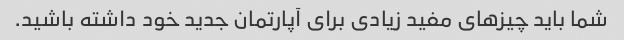
شما باید چیزهای مفید زیادی برای آپارتمان جدید خود داشته باشید.